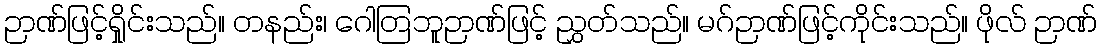
ဉာဏ်ဖြင့်ရှိုင်းသည်။ တနည်း၊ ဂေါတြဘူဉာဏ်ဖြင့် ညွှတ်သည်။ မဂ်ဉာဏ်ဖြင့်ကိုင်းသည်။ ဖိုလ် ဉာဏ်